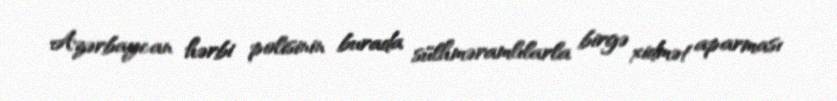
Azərbaycan hərbi polisinin burada sülhməramlılarla birgə xidmət aparması